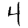
Digit: 4